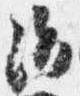
治